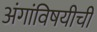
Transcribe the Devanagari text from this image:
अंगांविषयीची